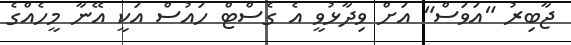
ޖާބިރު "އަވަސް" އަށް ވިދާޅުވީ އެ ގެސްޓް ހައުސް އަކީ އޭނާ މީހެއްގެ